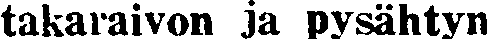
takaraivon ja pysähtyn